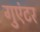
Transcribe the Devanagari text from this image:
गुएंटर